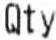
QTY